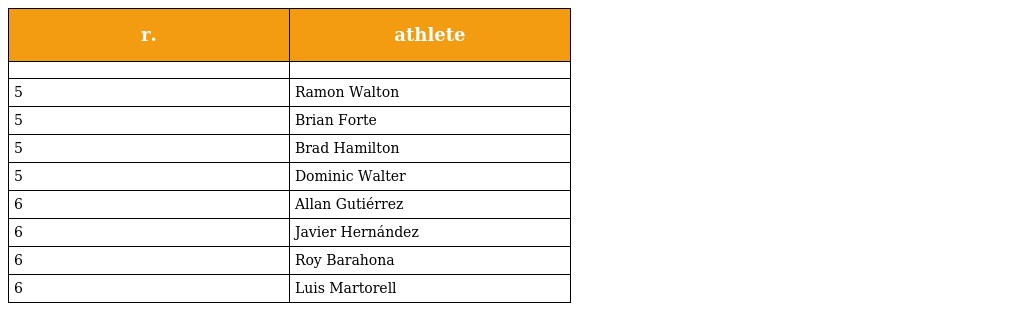
| r. | athlete |
 | --- | --- |
 |  |  |
 | 5 | Ramon Walton |
 | 5 | Brian Forte |
 | 5 | Brad Hamilton |
 | 5 | Dominic Walter |
 | 6 | Allan Gutiérrez |
 | 6 | Javier Hernández |
 | 6 | Roy Barahona |
 | 6 | Luis Martorell |